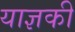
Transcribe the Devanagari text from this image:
याज्ञकी